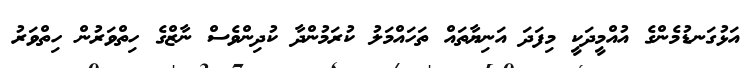
އަޅުގަނޑުމެންގެ އުއްމީދަކީ މިފަދަ އަނިޔާތައް ތަހައްމަލު ކުރަމުންދާ ކުދިންވެސް ނާޒްގެ ހިތްވަރުން ހިތްވަރު